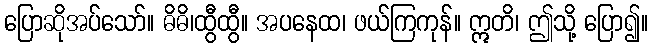
ပြောဆိုအပ်သော်။ ဓိဓိ၊ထွီထွီ။ အပနေထ၊ ဖယ်ကြကုန်။ ဣတိ၊ ဤသို့ ပြော၍။